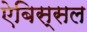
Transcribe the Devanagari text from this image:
ऐबिस्सल